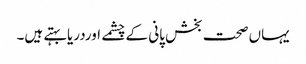
یہاں صحت بخش پانی کے چشمے اوردریابہتے ہیں۔